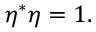
\eta ^ { * } \eta = 1 .